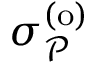
\sigma _ { \mathcal { P } } ^ { \mathrm { ( o ) } }